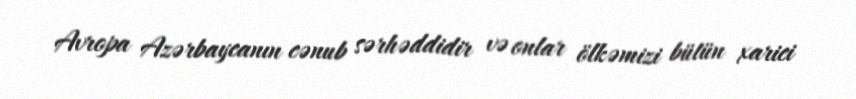
Avropa Azərbaycanın cənub sərhəddidir və onlar ölkəmizi bütün xarici